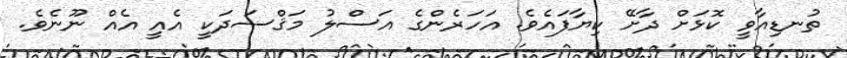
ތުނޑިއާވީ ކޮޅަށް ދާށޭ ކިޔާފައެވެ. އަހަރެންގެ އަސްލު މަޤްސަދަކީ އެއީ އެއް ނޫނެވެ.